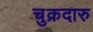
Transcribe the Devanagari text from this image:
चुक्रदारु